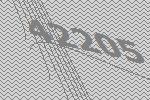
42205